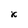
Character: x